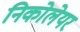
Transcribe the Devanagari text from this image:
निकोलेयर